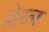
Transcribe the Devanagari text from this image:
ज़ेरल